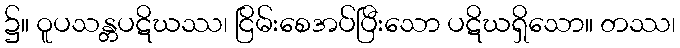
၌။ ဝူပသန္တပဋိဃဿ၊ ငြိမ်းစေအပ်ပြီးသော ပဋိဃရှိသော။ တဿ၊